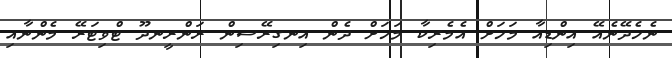
ނެހެދޭނެއޭ އިންޑިއާ މަހަށް އެމެރިކާ މަހަށް ދެން އިނގިރޭސިން ރަންރީނދޫ ޓްވިޓަރޭ މެންނާއި